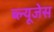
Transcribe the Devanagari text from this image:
ब्ल्यूजेस